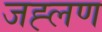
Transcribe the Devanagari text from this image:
जह्लण